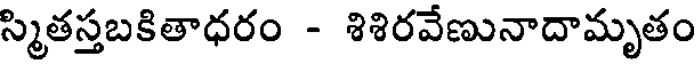
స్మితస్తబకితాధరం - శిశిరవేణునాదామృతం